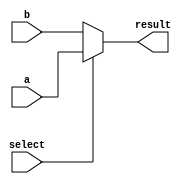
module conditional_operator_example (
    input wire a,          // Input signal 1
    input wire b,          // Input signal 2
    input wire select,     // Selection signal (condition)
    output reg result      // Output signal
);

// Always block to evaluate condition and assign result
always @(*) begin
    // Conditional assignment using ternary operator
    result = (select) ? a : b; // If select is true, assign a; otherwise assign b
end

endmodule